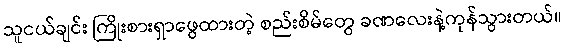
သူငယ်ချင်း ကြိုးစားရှာဖွေထားတဲ့ စည်းစိမ်တွေ ခဏလေးနဲ့ကုန်သွားတယ်။